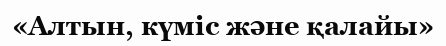
«Алтын, күміс және қалайы»